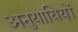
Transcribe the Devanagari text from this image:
अनुयायियों